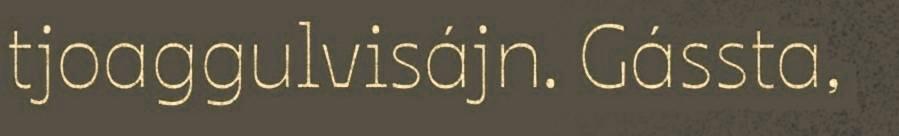
tjoaggulvisájn. Gássta,